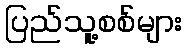
ပြည်သူ့စစ်များ